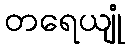
တရေယျုံ